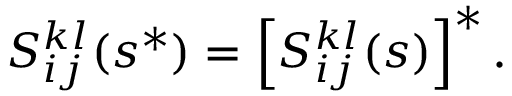
S _ { i j } ^ { k l } ( s ^ { * } ) = \left[ S _ { i j } ^ { k l } ( s ) \right] ^ { * } .